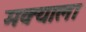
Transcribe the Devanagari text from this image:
मक्याला